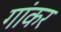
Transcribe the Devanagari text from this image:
गांकर